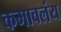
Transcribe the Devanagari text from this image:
कमावलंय